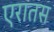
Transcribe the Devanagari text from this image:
एरातस